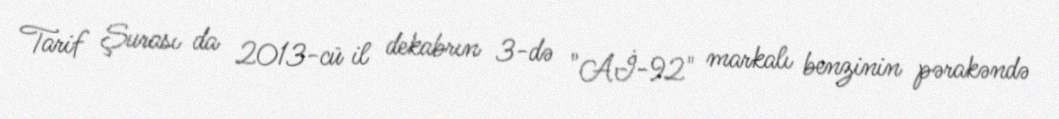
Tarif Şurası da 2013-cü il dekabrın 3-də "Aİ-92" markalı benzinin pərakəndə